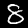
Label: 8